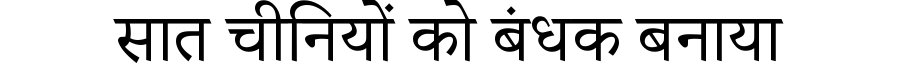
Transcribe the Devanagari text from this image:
सात चीनियों को बंधक बनाया